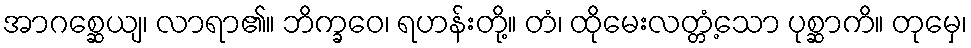
အာဂစ္ဆေယျ၊ လာရာ၏။ ဘိက္ခဝေ၊ ရဟန်းတို့။ တံ၊ ထိုမေးလတ္တံ့သော ပုစ္ဆာကိ။ တုမှေ၊